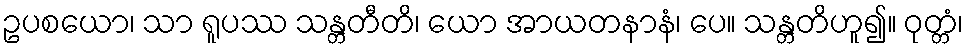
ဥပစယော၊ သာ ရူပဿ သန္တတီတိ၊ ယော အာယတနာနံ၊ ပေ။ သန္တတိဟူ၍။ ဝုတ္တံ၊